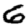
Digit: 6